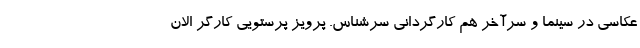
عکاسی در سینما و سرآخر هم کارگردانی سرشناس. پرویز پرستویی کارگر الان